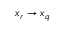
x _ { r } \rightarrow x _ { q }